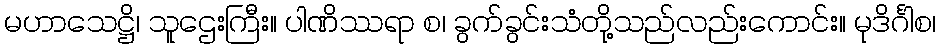
မဟာသေဋ္ဌိ၊ သူဌေးကြီး။ ပါဏိဿရာ စ၊ ခွက်ခွင်းသံတို့သည်လည်းကောင်း။ မုဒိင်္ဂါစ၊